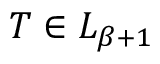
T \in L _ { \beta + 1 }